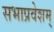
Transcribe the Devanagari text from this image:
सभाप्रवेशम्